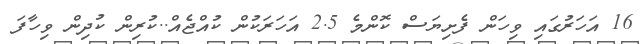
16 އަހަރުގައި ވިހަން ފެށިޔަސް ކޮންމެ 2.5 އަހަރަކުން ކުއްޖެއް..ކުރިން ކުދިން ވިހާފަ